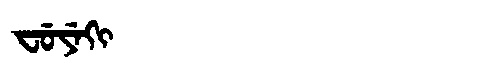
Manchu: ᠸᡠᠶᡝᡴᡳ
Romanization: FUYEKI